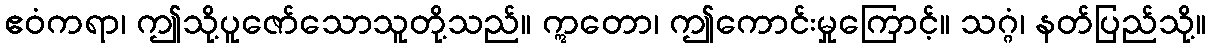
ဧဝံကရာ၊ ဤသို့ပူဇော်သောသူတို့သည်။ ဣတော၊ ဤကောင်းမှုကြောင့်။ သဂ္ဂံ၊ နတ်ပြည်သို့။